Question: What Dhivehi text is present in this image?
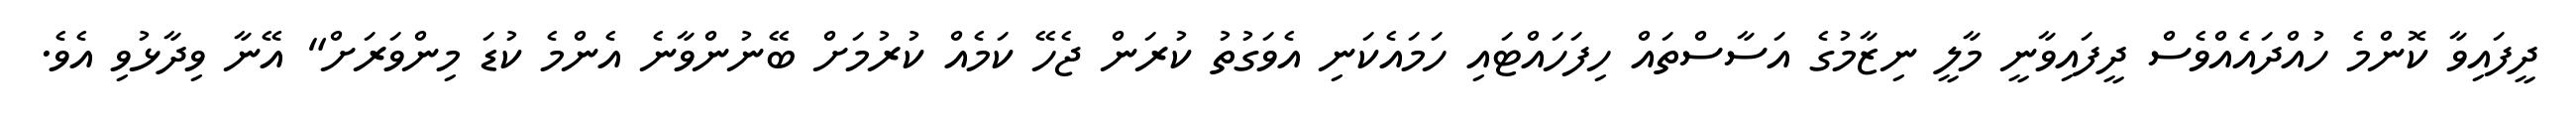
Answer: ދީފައިވާ ކޮންމެ ހުއްދައެއްވެސް ދީފައިވާނީ މާލީ ނިޒާމުގެ އަސާސްތައް ހިފަހައްޓައި ހަމައެކަނި އެވަގުތު ކުރަން ޖެހޭ ކަމެއް ކުރުމަށް ބޭނުންވާނެ އެންމެ ކުޑަ މިންވަރަށް" އޭނާ ވިދާޅުވި އެވެ.